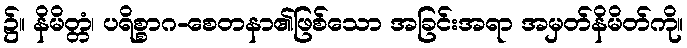
၌။ နိမိတ္တံ၊ ပရိစ္စာဂ-စေတနာ၏ဖြစ်သော အခြင်းအရာ အမှတ်နိမိတ်ကို။